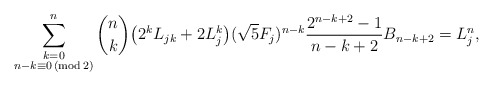
\begin{align*} \sum_{\substack{k=0 \\ n - k \equiv 0 \,(\mathrm {mod} \,2)}}^n \binom{n}{k} \big ( 2^k L_{jk} + 2 L_j^k \big ) (\sqrt{5} F_j)^{n-k} \frac{2^{n-k+2}-1}{n-k+2} B_{n-k+2} = L_j^n,\end{align*}